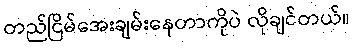
တည်ငြိမ်အေးချမ်းနေတာကိုပဲ လိုချင်တယ်။